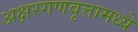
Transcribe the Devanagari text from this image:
अक्षरगणवृत्तामध्ये